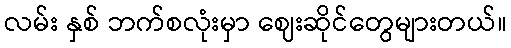
လမ်း နှစ် ဘက်စလုံးမှာ ဈေးဆိုင်တွေများတယ်။